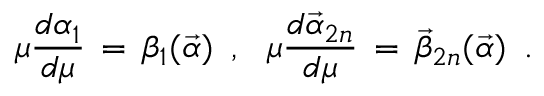
\mu { \frac { d \alpha _ { 1 } } { d \mu } } \, = \, \beta _ { 1 } ( { \vec { \alpha } } ) \, \, \, , \, \, \, \, \mu { \frac { d { \vec { \alpha } } _ { 2 n } } { d \mu } } \, = \, { \vec { \beta } } _ { 2 n } ( { \vec { \alpha } } ) \, \, \, .